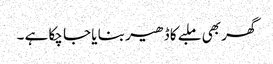
گھر بھی ملبے کا ڈھیر بنا یا جا چکا ہے ۔